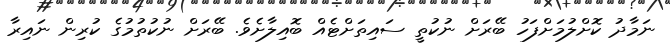
ނަމާދު ކޮށްލުމަށްފަހު ބޭރަށް ނުކުތީ ސައިތަށްޓެއް ބޮއިލާށެވެ. ބޭރަށް ނުކުތުމުގެ ކުރިން ނައިރާ